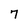
Character: 7